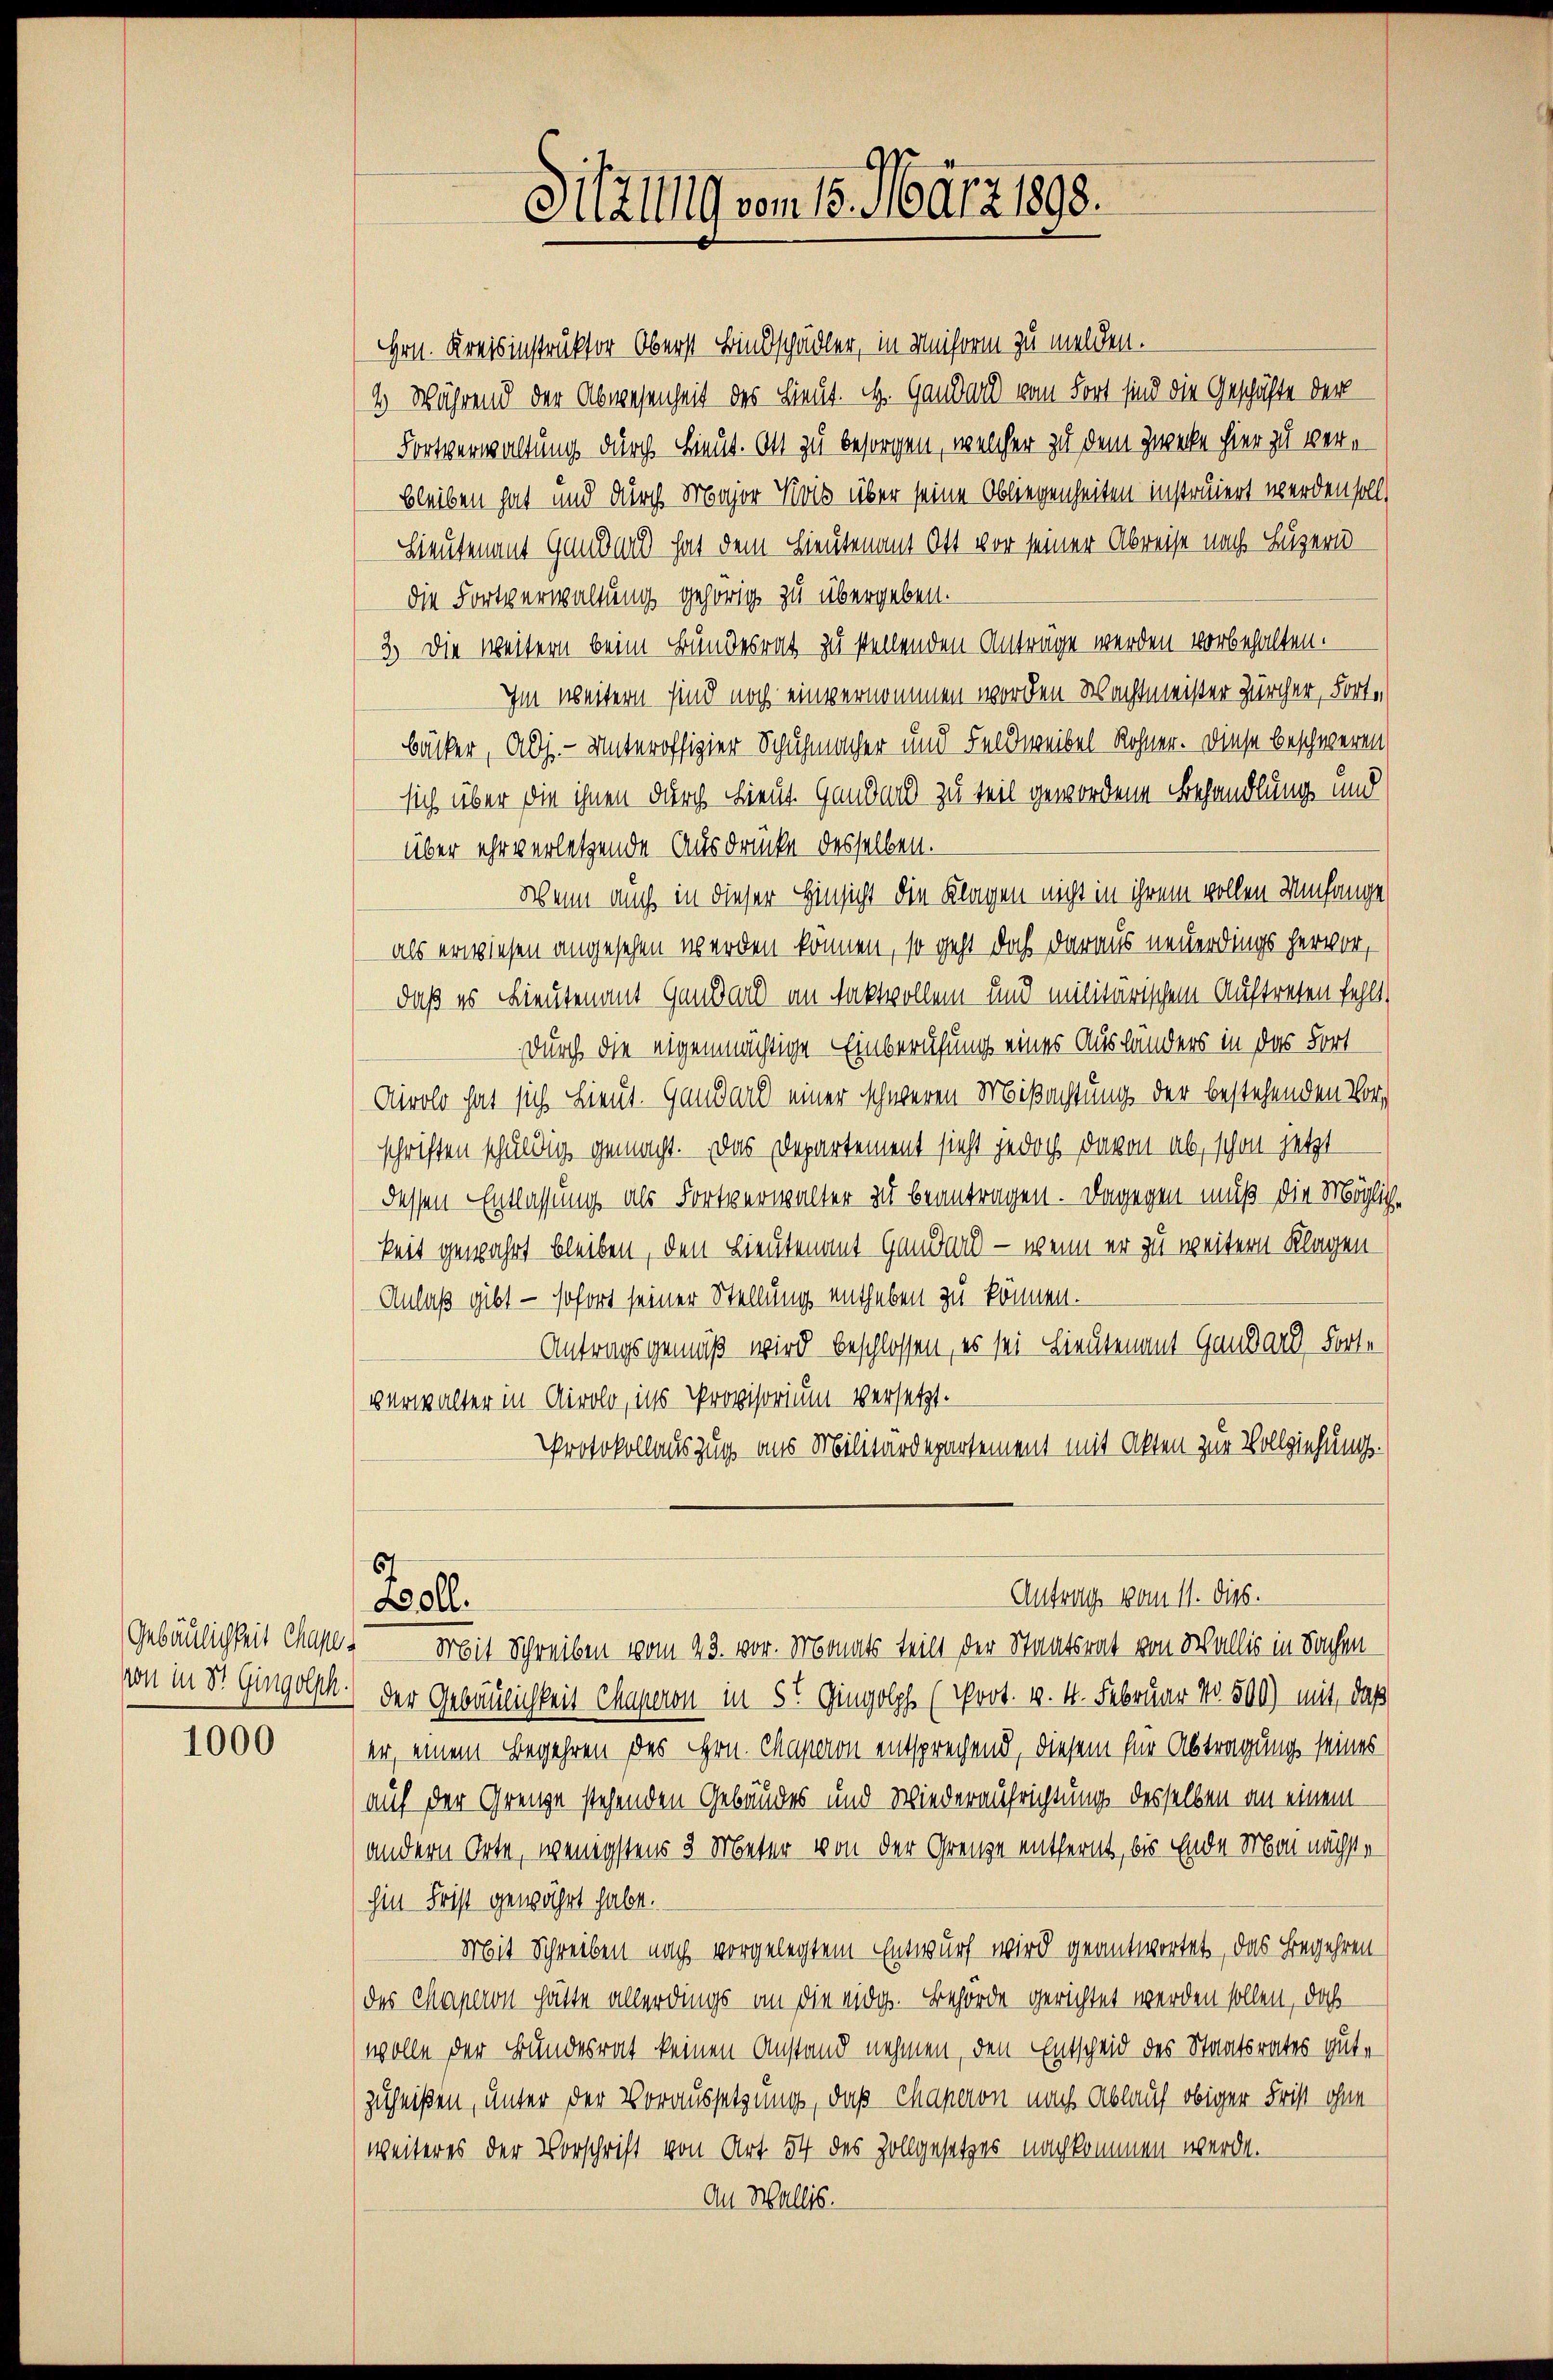
1000

Sitzung vom 15. März 1898.

Hrn. Kreisinstruktor Oberst Bindschädler, in Meiform zu melden.
4 Während der Abwesenheit des Lieut. H. Gandard vom Fort sind die Geschäfte der
Fortverwaltung durch Lieut. Ott zu besorgen, welcher zu dem Zwecke hier zu verbleiben hat und durch Major Kois über seine Obliegenheiten instruiert werden soll.
Lieutenant Gander hat dem Lieutenant Ott vor seiner Abreise nach Luzern
die Fortverwaltung gehörig zu übergeben.
3) Die weitern beim Bundesrat zu stellenden Anträge werden vorbehalten.
Im weitern sind noch einvernommen worden Wachtmeister Zürcher, Fortbäcker, Adj. - Unteroffigier Schuhmacher und Feldweibel Rohner. Diese beschweren
sich über die ihnen durch Lieut. Gandard zu teil gewordene Behandlung und
über ehr verletzende Ausdrücke desselben.
Wenn auch in dieser Hinsicht die Klagen nicht in ihrem vollen Umfange
als erwiesen angesehen werden können, so geht doch daraus neuerdings hervor,
daß es Lieutenant Gendar im Faktvollen und militärischem Auftreten fehlt,
durch die eigenmächtige Einberufung eines Aushänders in das Fort
Airolo hat sich Lieut. Gandard einer schweren Mißachtung der bestehenden Vorschriften schuldig gemacht. Das Departement sieht jedoch davon ab, schon jetzt
dessen Entlassung als Fortverwalter zu beantragen. Dagegen muß die Möglich
keit gewahrt bleiben, den Lieutenant Handar — wenn er zu weitern Klagen¬
Anlaß gibt — sofort seiner Stellung entheben zu können.
Antragsgemäß wird beschlossen, es sei Lieutenant Gaudard Forte
verwalter in Airolo, ins Provisorium versetzt.
Protokollauszug aus Militärdepartement mit Akten zur Vollziehungss
Antrag vom 11. dies.
oll.
Gebäulichkeit Chape, Mit Schreiben vom 23. vor. Monats teilt der Staatsrat von Wallis in Sachen
wie in St. Gingolph:) der Gebäulichkeit Chaperon in 5t Gingolph (Prot. v. 4. Februar No. 500) mit, daß
er, einem Begehren des Hrn. Maperon entsprechend, diesem für Abtragung seines
auf der Grenze stehenden Gebäudes und Wiederaufrichtung desselben an einem
andern Orte, wenigstens 3 Meter von der Grenze entfernt, bis Ende Mai nächste
hin Frist gewährt habe.
Mit Schreiben nach vorgelegtem Entwurf wird geantwortet, das Begehren
des Maperon hätte allerdings an die eidg. Behörde gerichtet werden sollen, daß
wolle der Bundesrat keinen Anstand nehmen, den Entscheid des Staatsrates gutzuheißen, unter der Voraussetzung, daß Chaperon nach Ablauf obiger Frist ohne
weiteres der Vorschrift von Art 54 des Zollgesetzes nachkommen werde.
Au Wallis.